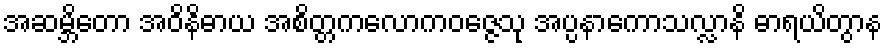
အဆမ္ဘိတော အဝိနိဓာယ အစိတ္တကလောကဝဇ္ဇေသု အပ္ပနာကောသလ္လာနိ ဓာရယိတွာန